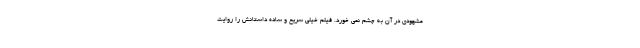
مشهودی در آن به چشم نمی خورد. فیلم خیلی سریع و ساده داستانش را روایت